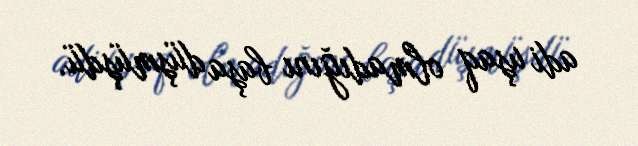
adi uşaq olmadığını başa düşmüşdü.